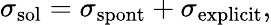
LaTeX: \sigma_{\mathrm{sol}}=\sigma_{\mathrm{spont}}+\sigma_{\mathrm{explicit}},